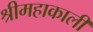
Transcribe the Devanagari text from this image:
श्रीमहाकाली